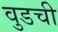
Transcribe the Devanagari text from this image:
वुडची